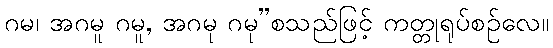
ဂမ၊ အဂမူ ဂမူ, အဂမု ဂမု”စသည်ဖြင့် ကတ္တုရုပ်စဉ်လေ။